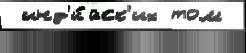
 инд'и́йск'их том